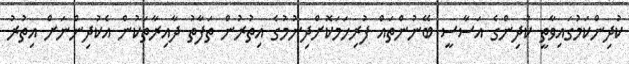
ކުދިންކަމުގައިވާތީ ކުދިންގެ އަސާސީ ބޭނުންތައް ފުރިހަމަކޮށްދިނުމުގެ އިތުރުން ތަފާތު ދާއިރާތަކުން އެކުދިންނަށް އިތުރު